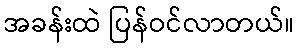
အခန်းထဲ ပြန်ဝင်လာတယ်။